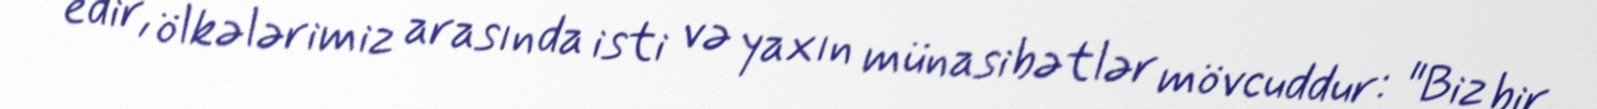
edir, ölkələrimiz arasında isti və yaxın münasibətlər mövcuddur: "Biz bir